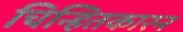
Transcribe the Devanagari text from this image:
चिन्हितकारन